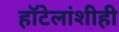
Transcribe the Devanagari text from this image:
हॉटेलांशीही